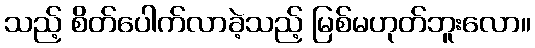
သည့် စိတ်ပေါက်လာခဲ့သည့် မြစ်မဟုတ်ဘူးလော။